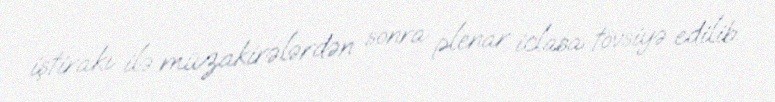
iştirakı ilə müzakirələrdən sonra plenar iclasa tövsiyə edilib.